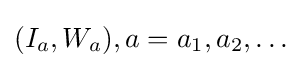
(I_{a},W_{a}),a=a_{1},a_{2},\ldots